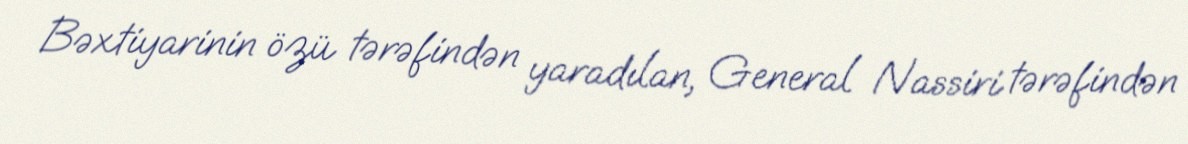
Bəxtiyarinin özü tərəfindən yaradılan, General Nassiri tərəfindən